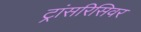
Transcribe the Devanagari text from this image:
ट्रांसरिसिवर